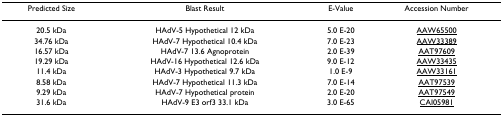
<table><thead><tr><td><b>Predicted Size</b></td><td><b>Blast Result</b></td><td><b>E-Value</b></td><td><b>Accession Number</b></td></tr></thead><tbody><tr><td>20.5 kDa</td><td>HAdV-5 Hypothetical 12 kDa</td><td>5.0 E-20</td><td>AAW65500</td></tr><tr><td>34.76 kDa</td><td>HAdV-7 Hypothetical 10.4 kDa</td><td>7.0 E-23</td><td>AAW33389</td></tr><tr><td>16.57 kDa</td><td>HAdV-7 13.6 Agnoprotein</td><td>2.0 E-39</td><td>AAT97609</td></tr><tr><td>19.29 kDa</td><td>HAdV-16 Hypothetical 12.6 kDa</td><td>9.0 E-12</td><td>AAW33435</td></tr><tr><td>11.4 kDa</td><td>HAdV-3 Hypothetical 9.7 kDa</td><td>1.0 E-9</td><td>AAW33161</td></tr><tr><td>8.58 kDa</td><td>HAdV-7 Hypothetical 11.3 kDa</td><td>7.0 E-14</td><td>AAT97539</td></tr><tr><td>9.29 kDa</td><td>HAdV-7 Hypothetical protein</td><td>2.0 E-20</td><td>AAT97549</td></tr><tr><td>31.6 kDa</td><td>HAdV-9 E3 orf3 33.1 kDa</td><td>3.0 E-65</td><td>CAI05981</td></tr></tbody></table>